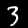
Digit: 3